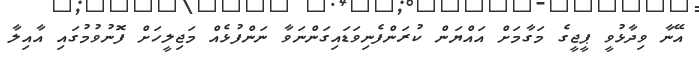
އޭނާ ވިދާޅުވީ ޕީޖީގެ މަގާމަށް އައްޔަން ކުރަންފެނިވަޑައިގަންނަވާ ނަންފުޅެއް މަޖިލީހަށް ފޮނުވުމުގައި އާއިލާ